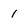
Character: 1